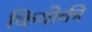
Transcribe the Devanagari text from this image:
कियोकी